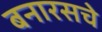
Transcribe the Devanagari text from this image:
बनारसचे